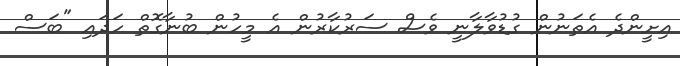
އިށީންދެ އެތަނުން ގުޑުވާލާނީ ވެސް ސަރުކާރުން އެ މީހުން ބުނާގޮތް ހަދައި "ބަސް